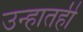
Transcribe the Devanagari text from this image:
उन्हातही